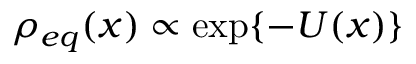
\rho _ { e q } ( x ) \propto \exp \{ - U ( x ) \}